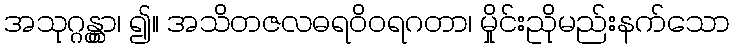
အသုဂ္ဂန္တွာ၊ ၍။ အသိတဇလဓရဝိဝရဂတာ၊ မှိုင်းညိုမည်းနက်သော